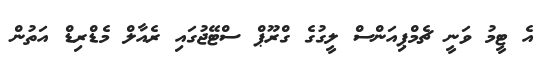
އެ ޓީމު ވަނީ ޗެމްޕިއަންސް ލީގުގެ ގްރޫޕް ސްޓޭޖުގައި ރެއާލް މެޑްރިޑް އަތުން